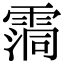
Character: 霘